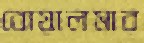
বোয়ালমার